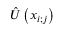
\hat { U } \left( x _ { i ; j } \right)